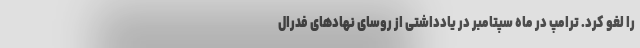
را لغو کرد. ترامپ در ماه سپتامبر در یادداشتی از روسای نهادهای فدرال